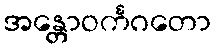
အန္တောဝင်္ကဂတော